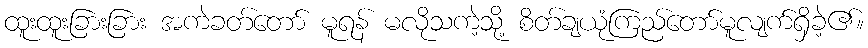
ထူးထူးခြားခြား အကဲခတ်တော် မူရန် မလိုသကဲ့သို့ စိတ်ချယုံကြည်တော်မူလျက်ရှိခဲ့၏။